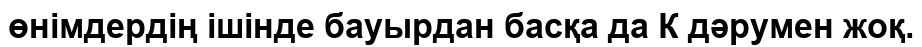
өнімдердің ішінде бауырдан басқа да К дәрумен жоқ.